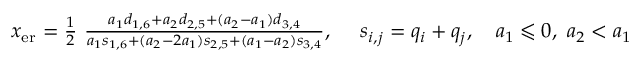
\begin{array} { r } { x _ { \mathrm { e r } } = \frac { 1 } { 2 } \ \frac { a _ { 1 } d _ { 1 , 6 } + a _ { 2 } d _ { 2 , 5 } + ( a _ { 2 } - a _ { 1 } ) d _ { 3 , 4 } } { a _ { 1 } s _ { 1 , 6 } + ( a _ { 2 } - 2 a _ { 1 } ) s _ { 2 , 5 } + ( a _ { 1 } - a _ { 2 } ) s _ { 3 , 4 } } , \ \ \ \ s _ { i , j } = q _ { i } + q _ { j } , \ \ \ a _ { 1 } \leqslant 0 , \ a _ { 2 } < a _ { 1 } } \end{array}